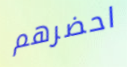
احضرهم